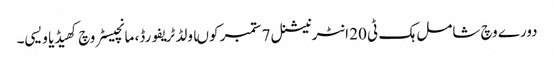
دورے وچ شامل ہک ٹی 20 انٹرنیشنل 7 ستمبر کوںاولڈ ٹریفورڈ، مانچیسٹر وچ کھیڈیا ویسی۔